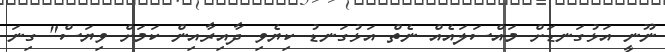
ނޫނީ އަޅުގަނޑަށް މައްސަލައެއް ނެތް އަޅުގަނޑު ކިޔެވި ދާއިރާއިން ކަމަށް ވިޔަސް" ގިނަ